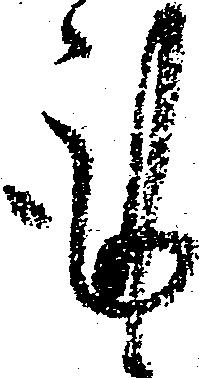
謹